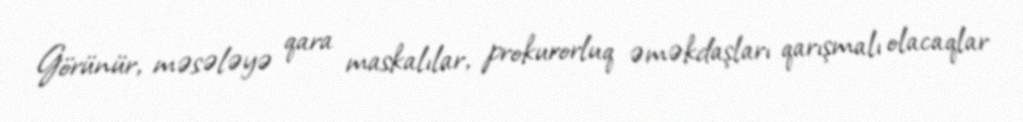
Görünür, məsələyə qara maskalılar, prokurorluq əməkdaşları qarışmalı olacaqlar